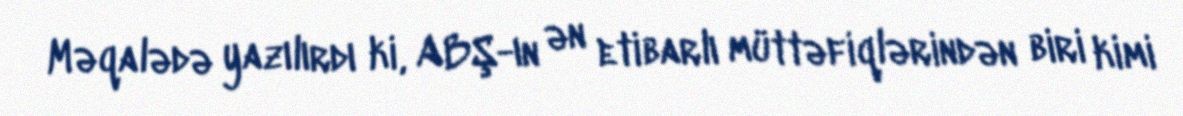
Məqalədə yazılırdı ki, ABŞ-ın ən etibarlı müttəfiqlərindən biri kimi